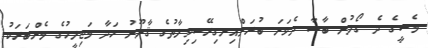
މެސީގެ ދެ ގޯލުން ބާސާ ދެވަނަ ބުރަށްއިނގިރޭސިވިލާތުގެ ޤާނޫނު ހަދާ މަޖިލީހުގެ މެންބަރަކު